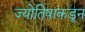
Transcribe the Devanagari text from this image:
ज्योतिषाकडून